Indian journal of veterinary science and animal husbandry - Volume 2,
Year: 1932
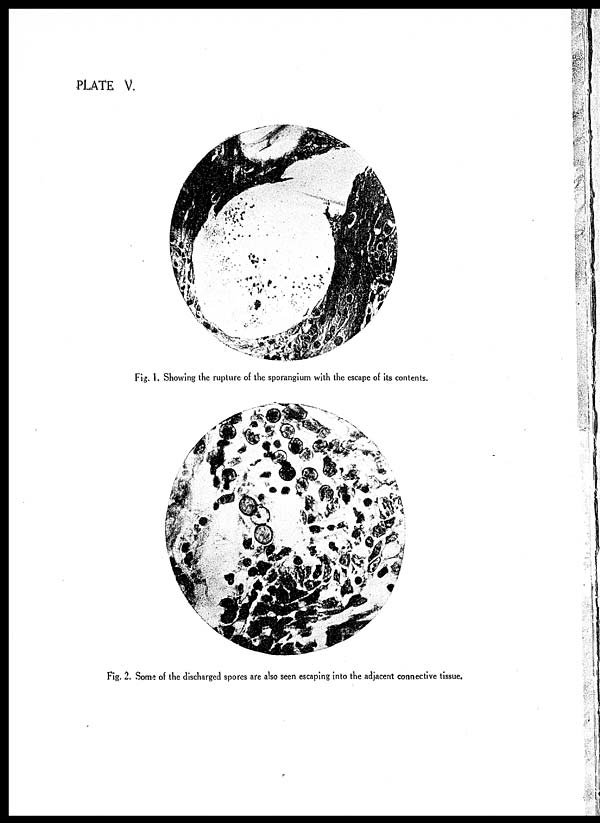
PLATE V.
Fig. 1. Showing the rupture of the sporangium with the escape of its contents.
Fig. 2. Some of the discharged spores are also seen escaping into the adjacent connective tissue.